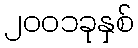
၂၀၀၁ခုနှစ်